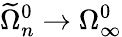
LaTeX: \widetilde\Omega_{n}^{0}\to\Omega_{\infty}^{0}